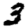
Digit: 3